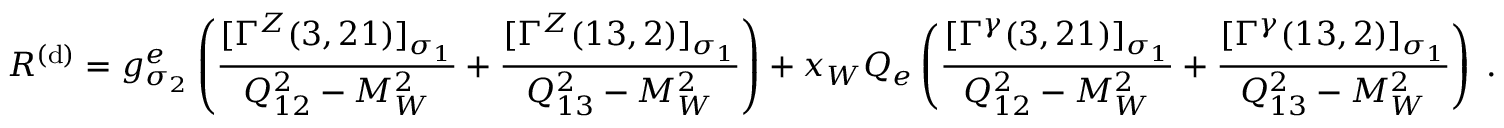
{ \cal R } ^ { ( \mathrm { d } ) } = g _ { \sigma _ { 2 } } ^ { e } \left( \frac { [ \Gamma ^ { Z } ( 3 , 2 1 ) ] _ { \sigma _ { 1 } } } { Q _ { 1 2 } ^ { 2 } - M _ { W } ^ { 2 } } + \frac { [ \Gamma ^ { Z } ( 1 3 , 2 ) ] _ { \sigma _ { 1 } } } { Q _ { 1 3 } ^ { 2 } - M _ { W } ^ { 2 } } \right) + x _ { W } Q _ { e } \left( \frac { [ \Gamma ^ { \gamma } ( 3 , 2 1 ) ] _ { \sigma _ { 1 } } } { Q _ { 1 2 } ^ { 2 } - M _ { W } ^ { 2 } } + \frac { [ \Gamma ^ { \gamma } ( 1 3 , 2 ) ] _ { \sigma _ { 1 } } } { Q _ { 1 3 } ^ { 2 } - M _ { W } ^ { 2 } } \right) \; .